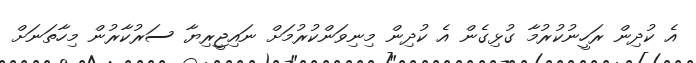
އެ ކުދިން ރަހީނުކުރުމާ ގުޅިގެން އެ ކުދިން މިނިވަންކުރުމަށް ނައިޖީރިޔާ ސަރުކާރުން މިހާތަނަށް